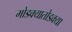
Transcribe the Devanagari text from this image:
मोडक्यातोडक्या